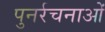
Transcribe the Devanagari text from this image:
पुनर्रचनाओं